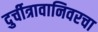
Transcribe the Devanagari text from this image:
दुर्चीत्रावानिवरचा